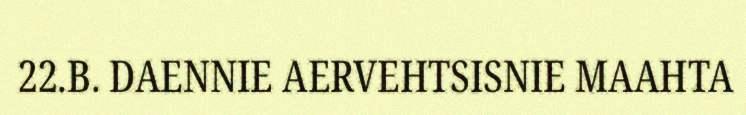
22.B. DAENNIE AERVEHTSISNIE MAAHTA